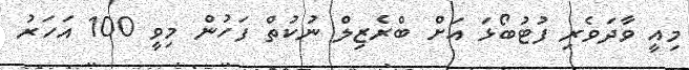
މިއީ ވާދަވެރި ފުޓުބޯޅަ އަށް ބްރެޒިލް ނުކުތް ފަހުން މިވީ 100 އަހަރު